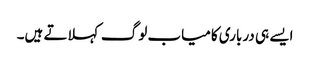
ایسے ہی درباری کامیاب لوگ کہلاتے ہیں۔